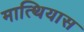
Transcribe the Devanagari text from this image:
मात्थियास